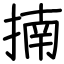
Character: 揇